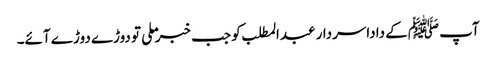
آپ ﷺکے داداسردار عبدالمطلب کو جب خبر ملی تو دوڑے دوڑے آئے۔